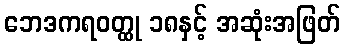
ဘေဒကရဝတ္ထု ၁၈နှင့် အဆုံးအဖြတ်